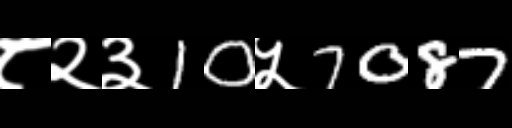
Text: ८२३10५7087